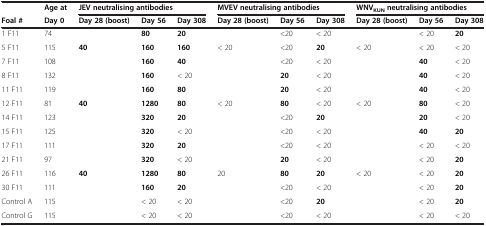
<table><thead><tr><td></td><td><b>Age at</b></td><td colspan="3"><b>JEV neutralising antibodies</b></td><td colspan="3"><b>MVEV neutralising antibodies</b></td><td colspan="3"><b>WNV<sub>KUN</sub>neutralising antibodies</b></td></tr><tr><td><b>Foal #</b></td><td><b>Day 0</b></td><td><b>Day 28 (boost)</b></td><td><b>Day 56</b></td><td><b>Day 308</b></td><td><b>Day 28 (boost)</b></td><td><b>Day 56</b></td><td><b>Day 308</b></td><td><b>Day 28 (boost)</b></td><td><b>Day 56</b></td><td><b>Day 308</b></td></tr></thead><tbody><tr><td>1 F11</td><td>74</td><td></td><td><b>80</b></td><td><b>20</b></td><td></td><td>&lt;20</td><td>&lt; 20</td><td></td><td>&lt; 20</td><td><b>20</b></td></tr><tr><td>5 F11</td><td>115</td><td><b>40</b></td><td><b>160</b></td><td><b>160</b></td><td>&lt; 20</td><td>&lt;20</td><td><b>20</b></td><td>&lt; 20</td><td>&lt; 20</td><td>&lt; 20</td></tr><tr><td>7 F11</td><td>108</td><td></td><td><b>160</b></td><td><b>40</b></td><td></td><td>&lt;20</td><td>&lt; 20</td><td></td><td><b>40</b></td><td>&lt; 20</td></tr><tr><td>8 F11</td><td>132</td><td></td><td><b>160</b></td><td>&lt; 20</td><td></td><td><b>20</b></td><td>&lt; 20</td><td></td><td><b>40</b></td><td>&lt; 20</td></tr><tr><td>11 F11</td><td>119</td><td></td><td><b>160</b></td><td><b>80</b></td><td></td><td><b>20</b></td><td>&lt; 20</td><td></td><td><b>40</b></td><td>&lt; 20</td></tr><tr><td>12 F11</td><td>81</td><td><b>40</b></td><td><b>1280</b></td><td><b>80</b></td><td>&lt; 20</td><td><b>80</b></td><td>&lt; 20</td><td>&lt; 20</td><td><b>80</b></td><td>&lt; 20</td></tr><tr><td>14 F11</td><td>123</td><td></td><td><b>320</b></td><td><b>20</b></td><td></td><td>&lt;20</td><td><b>20</b></td><td></td><td><b>20</b></td><td>&lt; 20</td></tr><tr><td>15 F11</td><td>125</td><td></td><td><b>320</b></td><td>&lt; 20</td><td></td><td>&lt;20</td><td>&lt; 20</td><td></td><td><b>40</b></td><td><b>20</b></td></tr><tr><td>17 F11</td><td>111</td><td></td><td><b>320</b></td><td><b>20</b></td><td></td><td>&lt;20</td><td>&lt; 20</td><td></td><td>&lt; 20</td><td>&lt; 20</td></tr><tr><td>21 F11</td><td>97</td><td></td><td><b>320</b></td><td>&lt; 20</td><td></td><td><b>20</b></td><td>&lt; 20</td><td></td><td>&lt; 20</td><td><b>20</b></td></tr><tr><td>26 F11</td><td>116</td><td><b>40</b></td><td><b>1280</b></td><td><b>80</b></td><td>20</td><td><b>80</b></td><td><b>20</b></td><td>&lt; 20</td><td>&lt; 20</td><td><b>20</b></td></tr><tr><td>30 F11</td><td>111</td><td></td><td><b>160</b></td><td><b>20</b></td><td></td><td>&lt;20</td><td>&lt; 20</td><td></td><td>&lt; 20</td><td><b>20</b></td></tr><tr><td>Control A</td><td>115</td><td></td><td>&lt; 20</td><td>&lt; 20</td><td></td><td>&lt;20</td><td><b>20</b></td><td></td><td>&lt; 20</td><td><b>20</b></td></tr><tr><td>Control G</td><td>115</td><td></td><td>&lt; 20</td><td>&lt; 20</td><td></td><td>&lt;20</td><td>&lt; 20</td><td></td><td>&lt; 20</td><td>&lt; 20</td></tr></tbody></table>